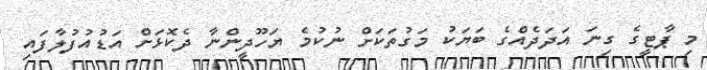
މި ޕާޓީގެ ގިނަ އަދަދެއްގެ ބަޔަކު މަގުތަކަށް ނުކުމެ ޔަހޫދީންނާ ދެކޮޅަށް އަޑުއުފުލާފައި